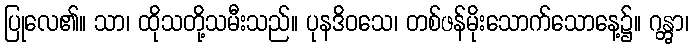
ပြုလေ၏။ သာ၊ ထိုသတို့သမီးသည်။ ပုနဒိဝသေ၊ တစ်ဖန်မိုးသောက်သောနေ့၌။ ဂန္တွာ၊